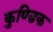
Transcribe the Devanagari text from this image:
कुण्डिक